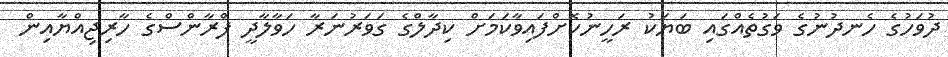
ދުވަހުގެ ހެނދުނުގެ ވަގުތެއްގައި ބަޔަކު ރަހީނުކޮށްފައިވާކަމަށް ކިދާލްގެ ގަވަރުނަރާ ހަވާލާދީ ފްރާންސްގެ ހާރިޖިއްޔާއިން